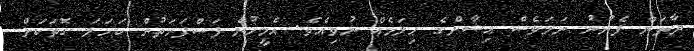
ދާތަން ފެނުނު ނަމަވެސް އިޝާންގެ ހިލަމެއް ނުވިއެވެ. އެމީހުން ފަސްފަހަތުން ކަހަލަ ގޮތަކަށް